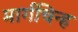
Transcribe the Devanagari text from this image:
मार्गचिन्ह